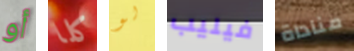
أو كلا لو فيليب مناداة